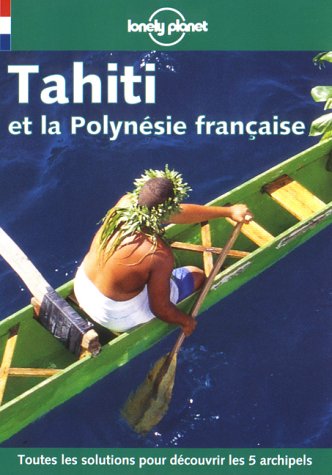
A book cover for Lonely Planet Tahiti Et LA Polynise Franaise (Lonely Planet Travel Guides French Edition); Jean-Bernard Carillet; Travel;